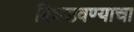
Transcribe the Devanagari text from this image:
बिघडवण्याचा